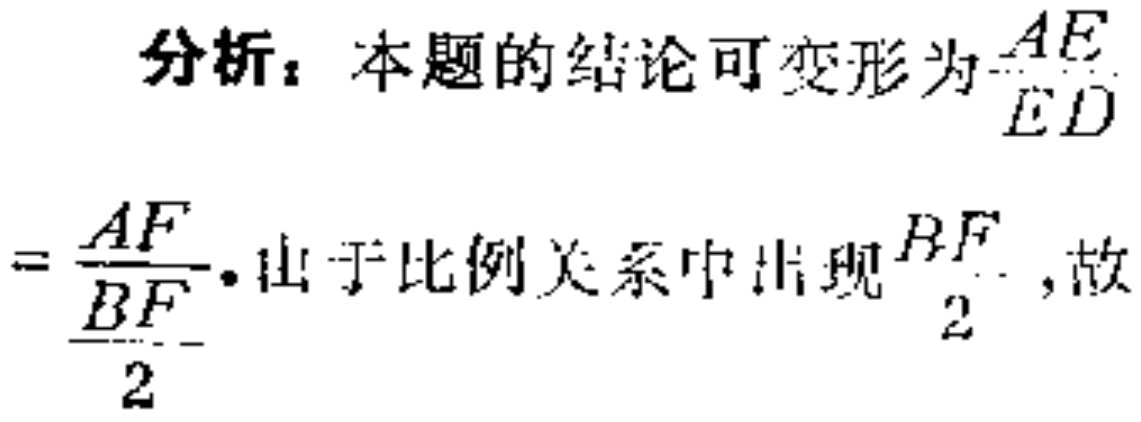
分析：本题的结论可变形为$\frac{AE}{ED}$
$=\frac{AF}{\frac{BF}{2}}$. 由于比例关系中出现$\frac{BF}{2}$，故